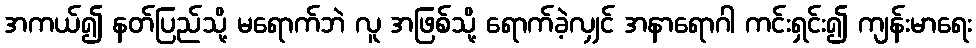
အကယ်၍ နတ်ပြည်သို့ မရောက်ဘဲ လူ အဖြစ်သို့ ရောက်ခဲ့လျှင် အနာရောဂါ ကင်းရှင်း၍ ကျန်းမာရေး